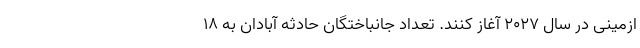
ازمینی در سال 2027 آغاز کنند. تعداد جانباختگان حادثه آبادان به ۱۸